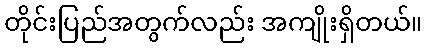
တိုင်းပြည်အတွက်လည်း အကျိုးရှိတယ်။